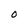
Character: O